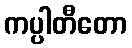
ကပ္ပါတီတော